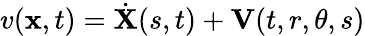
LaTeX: v(\mathbf{x},t)=\dot{{\mathbf{{X}}}}(s,t)+\mathbf{{V}}(t,r,\theta,s)